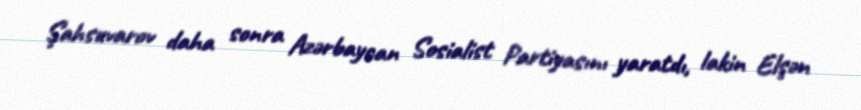
Şahsuvarov daha sonra Azərbaycan Sosialist Partiyasını yaratdı, lakin Elşən